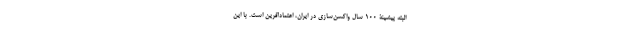
البته پیشینۀ 100 سال واکسن‌سازی در ایران، اعتمادآفرین است. با این